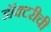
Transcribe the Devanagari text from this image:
डॉक्टरीची